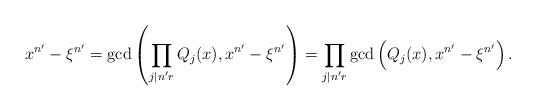
LaTeX: \begin{align*}x^{n^\prime}-\xi^{n^\prime} &=\gcd\left(\prod_{j\mid n^\prime r}Q_j(x), x^{{n^\prime}}-\xi^{{n^\prime}}\right) =\prod_{j\mid n^\prime r}\gcd\left(Q_j(x), x^{{n^\prime}}-\xi^{{n^\prime}}\right).\end{align*}